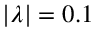
| \lambda | = 0 . 1